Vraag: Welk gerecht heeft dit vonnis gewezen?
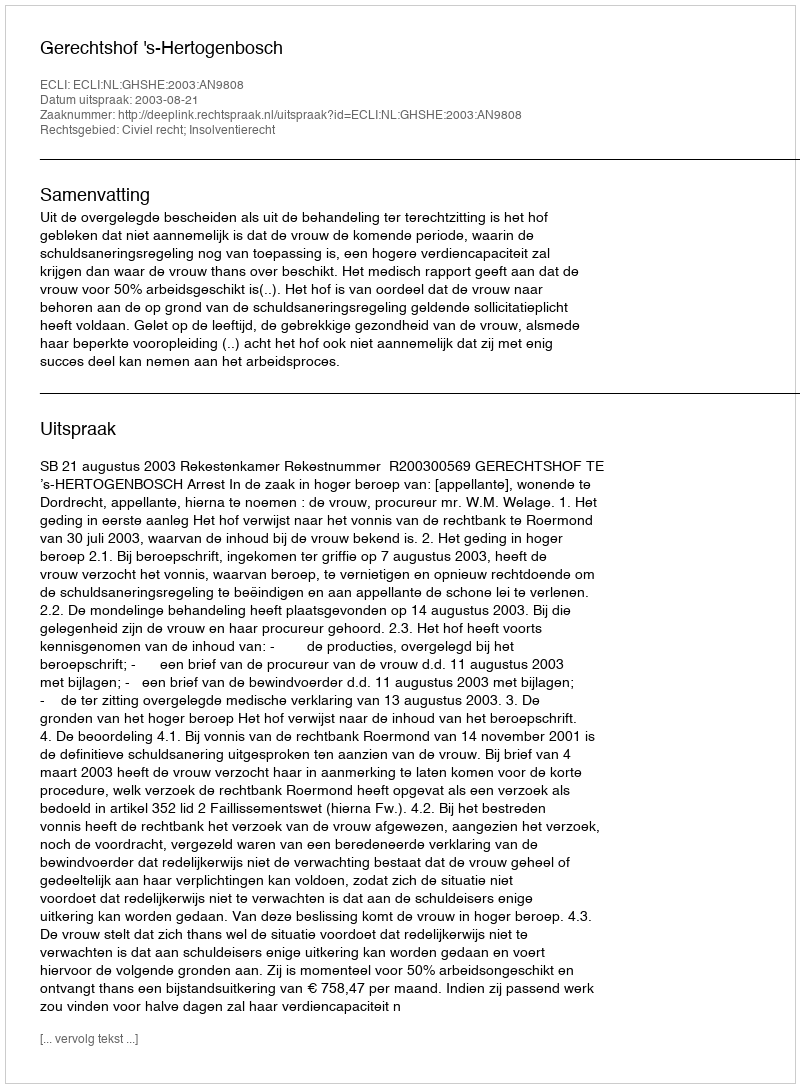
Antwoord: Gerechtshof 's-Hertogenbosch